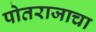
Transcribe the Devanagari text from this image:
पोतराजाचा